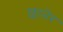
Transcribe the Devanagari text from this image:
छानेर